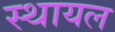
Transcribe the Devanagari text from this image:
स्थायल